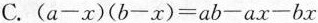
C.$$(a-x)(b-x)=ab-ax-bx$$